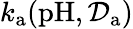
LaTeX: k_{\mathrm{a}}(\mathrm{pH},\mathcal{D}_{\mathrm{a}})